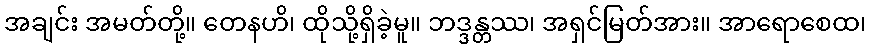
အချင်း အမတ်တို့။ တေနဟိ၊ ထိုသို့ရှိခဲ့မူ။ ဘဒ္ဒန္တဿ၊ အရှင်မြတ်အား။ အာရောစေထ၊